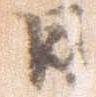
日